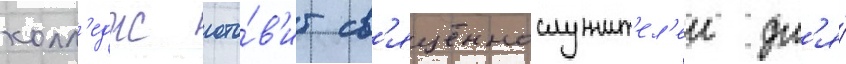
колл'едж гото́в'ит св'ященнослужит'ел'еи дл'я́